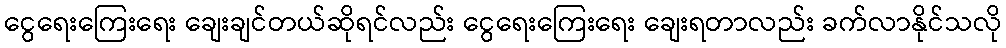
ငွေရေးကြေးရေး ချေးချင်တယ်ဆိုရင်လည်း ငွေရေးကြေးရေး ချေးရတာလည်း ခက်လာနိုင်သလို